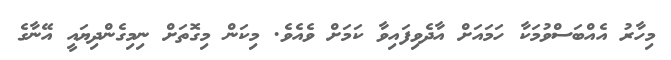
މިހާރު އެއްބަސްވުމަކާ ހަމައަށް އާދެވިފައިވާ ކަމަށް ވެއެވެ. މިކަން މިގޮތަށް ނިމިގެންދިޔައީ އޭނާގެ